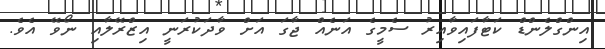
އިންގްލެންޑް ކަޓާފައިވާއިރު ސެމީގެ އަނެއް ޖާގަ އަށް ވާދަކުރަނީ އިޒްރޭލާއި ނޯވޭ އެވެ.